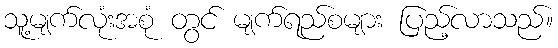
သူ့မျက်လုံးအစုံ တွင် မျက်ရည်စများ ပြည့်လာသည်။